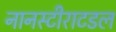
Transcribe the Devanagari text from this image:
नानस्टीराटडल